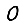
Digit: 0